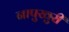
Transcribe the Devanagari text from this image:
नापुखुरी